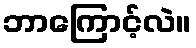
ဘာကြောင့်လဲ။